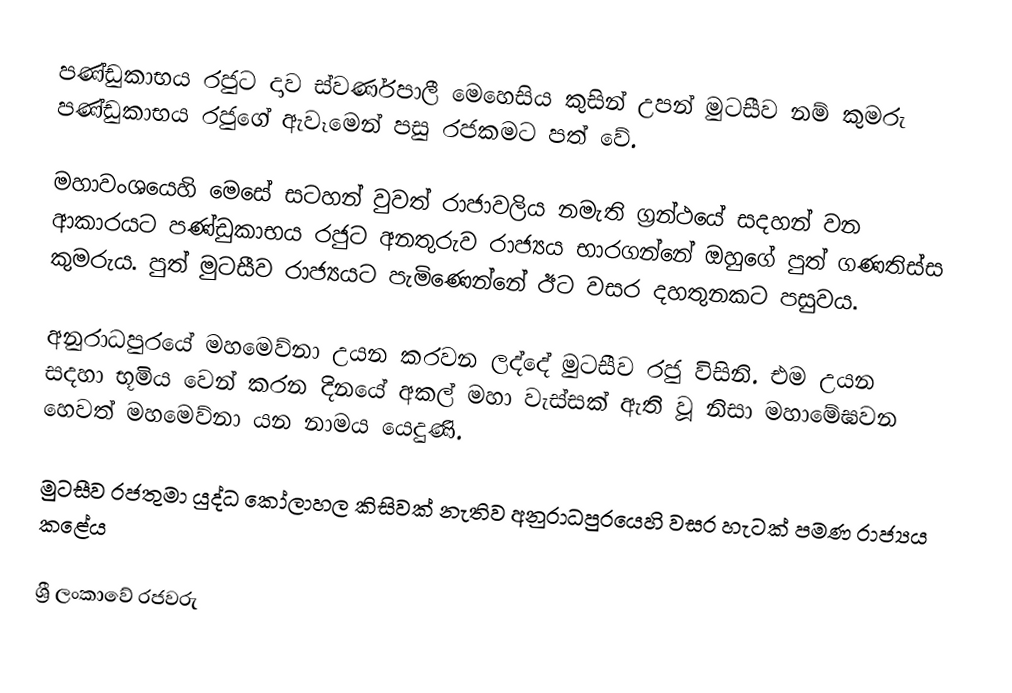
පණ්ඩුකාභය රජුට දාව ස්වර්ණපාලී මෙහෙසිය කුසින් උපන් මුටසීව නම් කුමරු පණ්ඩුකාභය රජුගේ ඇවෑමෙන් පසු රජකමට පත් වේ.

මහාවංශයෙහි මෙසේ සටහන් වුවත් රාජාවලිය නමැති ග‍්‍රන්ථයේ සදහන් වන ආකාරයට පණ්ඩුකාභය රජුට අනතුරුව රාජ්‍යය භාරගන්නේ ඔහුගේ පුත් ගණතිස්ස කුමරුය. පුත් මුටසීව රාජ්‍යයට පැමිණෙන්නේ ඊට වසර දහතුනකට පසුවය.

අනුරාධපුරයේ මහමෙව්නා උයන කරවන ලද්දේ මුටසීව රජු විසිනි. එම උයන සදහා භූමිය වෙන් කරන දිනයේ අකල් මහා වැස්සක් ඇති වූ නිසා මහාමේඝවන හෙවත් මහමෙව්නා යන නාමය යෙදුණි.

මුටසීව රජතුමා යුද්ධ කෝලාහල කිසිවක් නැතිව අනුරාධපුරයෙහි වසර හැටක් පමණ රාජ්‍යය කළේය

ශ්‍රී ලංකාවේ රජවරු